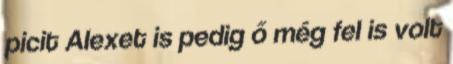
picit Alexet is pedig ő még fel is volt